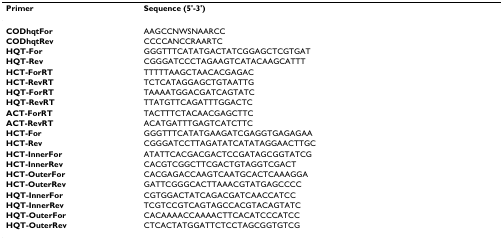
| Primer | Sequence (5'-3') |
 | --- | --- |
 | CODhqtFor | AAGCCNWSNAARCC |
 | CODhqtRev | CCCCANCCRAARTC |
 | HQT-For | GGGTTTCATATGACTATCGGAGCTCGTGAT |
 | HQT-Rev | CGGGATCCCTAGAAGTCATACAAGCATTT |
 | HCT-ForRT | TTTTTAAGCTAACACGAGAC |
 | HCT-RevRT | TCTCATAGGAGCTGTAATTG |
 | HQT-ForRT | TAAAATGGACGATCAGTATC |
 | HQT-RevRT | TTATGTTCAGATTTGGACTC |
 | ACT-ForRT | TACTTTCTACAACGAGCTTC |
 | ACT-RevRT | ACATGATTTGAGTCATCTTC |
 | HCT-For | GGGTTTCATATGAAGATCGAGGTGAGAGAA |
 | HCT-Rev | CGGGATCCTTAGATATCATATAGGAACTTGC |
 | HCT-InnerFor | ATATTCACGACGACTCCGATAGCGGTATCG |
 | HCT-InnerRev | CACGTCGGCTTCGACTGTAGGTCGACT |
 | HCT-OuterFor | CACGAGACCAAGTCAATGCACTCAAAGGA |
 | HCT-OuterRev | GATTCGGGCACTTAAACGTATGAGCCCC |
 | HQT-InnerFor | CGTGGACTATCAGACGATCAACCATCC |
 | HQT-InnerRev | TCGTCCGTCAGTAGCCACGTACAGTATC |
 | HQT-OuterFor | CACAAAACCAAAACTTCACATCCCATCC |
 | HQT-OuterRev | CTCACTATGGATTCTCCTAGCGGTGTCG |